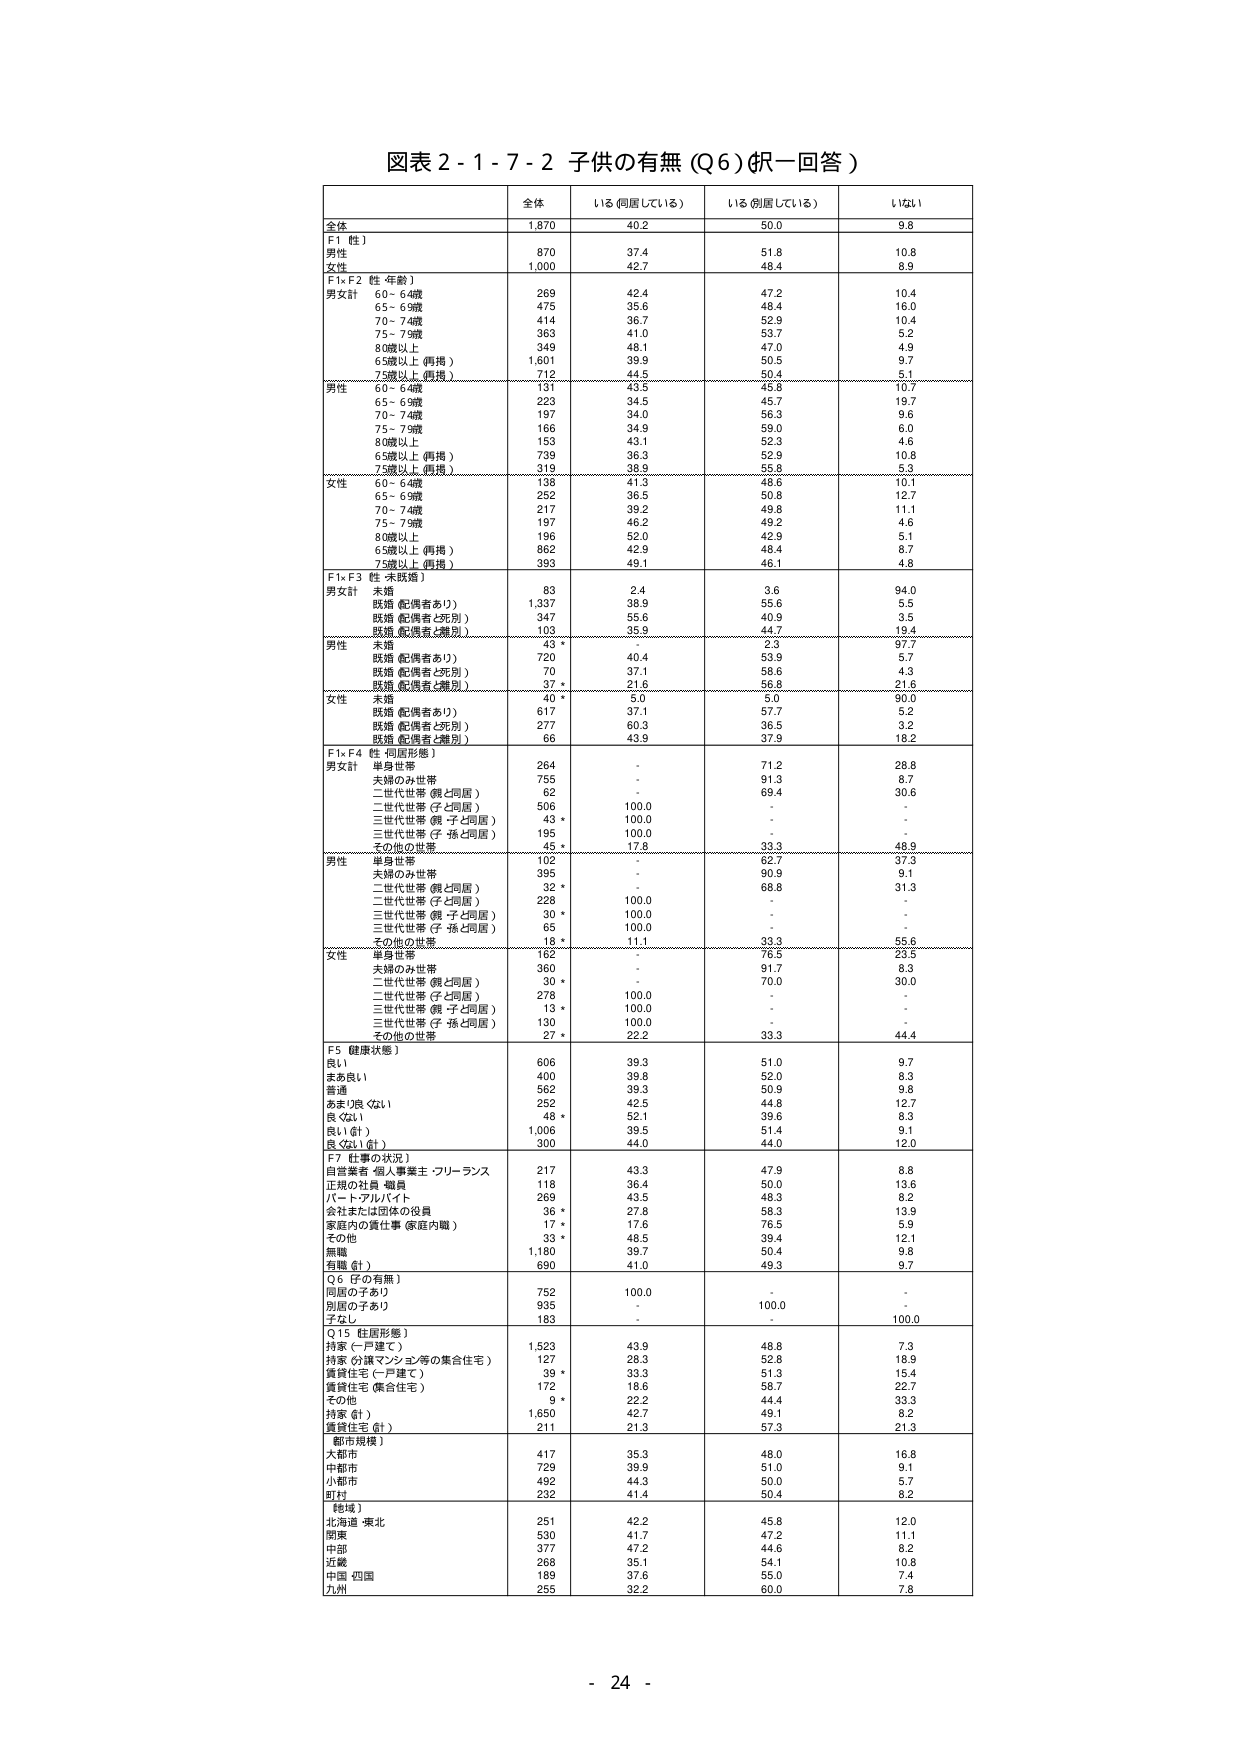
図表２-１-７-２ 子供の有無（Q6）（択一回答）

全体 いる（同居している） いる（別居している） いない

全体 1,870 40.2 50.0 9.8

F1【性】
男性 870 37.4 51.8 10.8
女性 1,000 42.7 48.4 8.9

F1×F2【性・年齢】
男女計
60～64歳 269 42.4 47.2 10.4
65～69歳 475 35.6 48.4 16.0
70～74歳 414 36.7 52.9 10.4
75～79歳 363 41.0 53.7 5.2
80歳以上 349 48.1 47.0 4.9
65歳以上（再掲） 1,601 39.9 50.5 9.7
75歳以上（再掲） 712 44.5 50.4 5.1

男性
60～64歳 131 43.5 45.8 10.7
65～69歳 223 34.5 45.7 19.7
70～74歳 197 34.0 56.3 9.6
75～79歳 166 34.9 59.0 6.0
80歳以上 153 43.1 52.3 4.6
65歳以上（再掲） 739 36.3 52.9 10.8
75歳以上（再掲） 319 38.9 55.8 5.3

女性
60～64歳 138 41.3 48.6 10.1
65～69歳 252 36.5 50.8 12.7
70～74歳 217 39.2 49.8 11.1
75～79歳 197 46.2 49.2 4.6
80歳以上 196 52.0 42.9 5.1
65歳以上（再掲） 862 42.9 48.4 8.7
75歳以上（再掲） 393 49.1 46.1 4.8

F1×F3【性・未既婚】
男女計
未婚 83 2.4 3.6 94.0
既婚（配偶者あり） 1,337 38.9 55.6 5.5
既婚（配偶者と死別） 347 55.6 40.9 3.5
既婚（配偶者と離別） 103 35.9 44.7 19.4

男性
未婚 43 * - 2.3 97.7
既婚（配偶者あり） 720 40.4 53.9 5.7
既婚（配偶者と死別） 70 37.1 58.6 4.3
既婚（配偶者と離別） 37 * 21.6 56.8 21.6

女性
未婚 40 * 5.0 5.0 90.0
既婚（配偶者あり） 617 37.1 57.7 5.2
既婚（配偶者と死別） 277 60.3 36.5 3.2
既婚（配偶者と離別） 66 43.9 37.9 18.2

F1×F4【性・同居形態】
男女計
単身世帯 264 - 71.2 28.8
夫婦のみ世帯 755 - 91.3 8.7
二世代世帯（親と同居） 62 - 69.4 30.6
二世代世帯（子と同居） 506 100.0 - -
二世代世帯（親・子と同居） 43 * 100.0 - -
二世代世帯（子・孫と同居） 195 100.0 - -
その他の世帯 45 * 17.6 33.3 48.9

男性
単身世帯 132 - 62.1 37.9
夫婦のみ世帯 395 - 90.9 9.1
二世代世帯（親と同居） 32 * - 68.8 31.3
二世代世帯（子と同居） 228 100.0 - -
二世代世帯（親・子と同居） 30 * 100.0 - -
二世代世帯（子・孫と同居） 65 100.0 - -
その他の世帯 18 * 11.1 33.3 55.6

女性
単身世帯 132 - 76.5 23.5
夫婦のみ世帯 360 - 91.7 8.3
二世代世帯（親と同居） 30 * - 70.0 30.0
二世代世帯（子と同居） 278 100.0 - -
二世代世帯（親・子と同居） 13 * 100.0 - -
二世代世帯（子・孫と同居） 130 100.0 - -
その他の世帯 27 * 22.2 33.3 44.4

F5【健康状態】
良い 606 39.3 51.0 9.7
まあ良い 400 39.8 52.0 8.3
普通 562 39.3 50.9 9.8
あまり良くない 252 42.5 44.8 12.7
良くない 48 * 52.1 39.6 8.3
良い（計） 1,006 39.5 51.4 9.1
良くない（計） 300 44.0 44.0 12.0

F7【仕事の状況】
自営業者・個人事業主・フリーランス 217 43.3 47.9 8.8
正規の社員・職員 118 36.4 50.0 13.6
パート・アルバイト 269 43.5 48.3 8.2
会社または団体の役員 36 * 27.8 58.3 13.9
家庭内の責任仕事（家庭内職） 17 * 17.6 76.5 5.9
その他 33 * 48.5 39.4 12.1
無職 1,180 39.7 50.4 9.8
有職（計） 690 41.0 49.3 9.7

Q6【子の有無】
同居の子あり 752 100.0 - -
別居の子あり 935 - 100.0 -
子なし 183 - - 100.0

Q15【住居形態】
持家（一戸建て） 1,523 43.9 48.8 7.3
持家（分譲マンション等の集合住宅） 127 28.3 52.8 18.9
賃貸住宅（一戸建て） 39 * 33.3 51.3 15.4
賃貸住宅（集合住宅） 172 18.6 58.7 22.7
その他 9 * 22.2 44.4 33.3
持家（計） 1,650 42.7 49.1 8.2
賃貸住宅（計） 211 21.3 57.3 21.3

【都市規模】
大都市 417 35.3 48.0 16.8
中都市 729 39.9 51.0 9.1
小都市 482 44.3 50.0 5.7
町村 232 41.4 50.4 8.2

【地域】
北海道・東北 251 42.2 45.8 12.0
関東 530 41.7 47.2 11.1
中部 377 47.2 44.6 8.2
近畿 268 35.1 54.1 10.8
中国・四国 189 37.6 55.0 7.4
九州 255 32.2 60.0 7.8

- 24 -